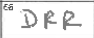
Transcription: DRR